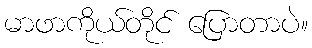
မာဖာကိုယ်တိုင် ပြောတာပဲ။